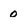
Character: O